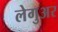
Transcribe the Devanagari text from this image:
लेगुअर